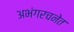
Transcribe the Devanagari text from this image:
अभंगरचनेत